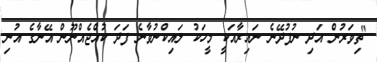
"ތިވަރުން އަދި ނުފުދޭނެ ނައިރާއަކީ މީހަކު ލައިކްނުވާނެ ފަދަ ކުއްޖެއްނޫން އޭނާގެ އުނި